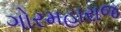
ગોરમહારાજ